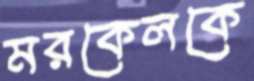
মরকেলকে